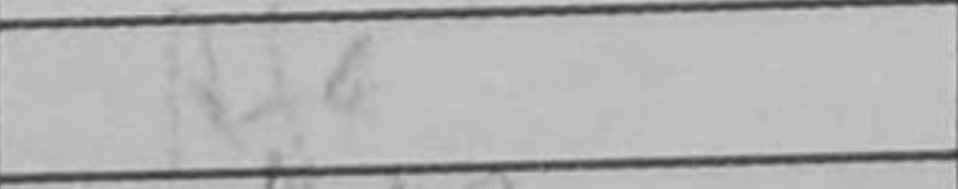
Transcription: Rf8